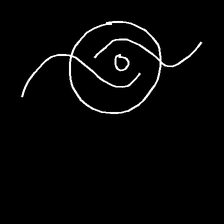
Glyph: repetition